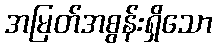
အမြတ်အစွန်းရှိသော